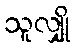
သူလျှို